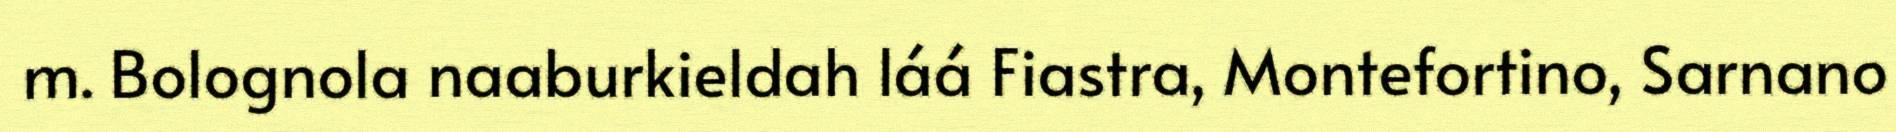
m. Bolognola naaburkieldah láá Fiastra, Montefortino, Sarnano